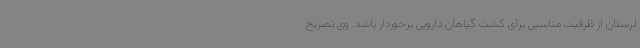
لرستان از ظرفیت مناسبی برای کشت گیاهان دارویی برخوردار باشد. وی تصریح